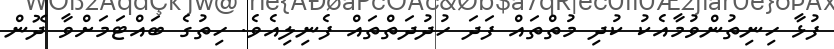
ފުޅާ ހިނިތުންވުމާއެކު ކުދި މުތްތައް ފަދަ ހުދުދަތްތައް ފެނިލިއެވެ. ހިތުގެ ބައްޓަމަށްވާ ދޮން